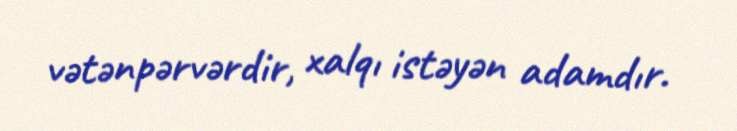
vətənpərvərdir, xalqı istəyən adamdır.